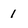
Character: 1